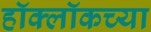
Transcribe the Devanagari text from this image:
हॉक्लॉकच्या